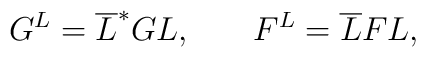
G^L=\overline{L}^{*}GL,\hspace{0.3in}F^L=\overline{L}FL,